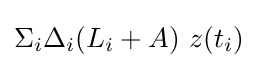
\Sigma _{i}\Delta _{i}(L_{i}+A)\ z(t_{i})